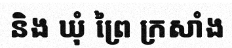
និង ឃុំ ព្រៃ ក្រសាំង